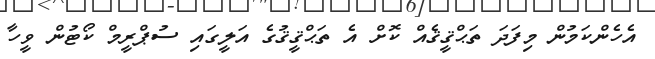
އެހެންކަމުން މިފަދަ ތަޙްޤީޤެއް ކޮށް އެ ތަޙްޤީޤުގެ އަލީގައި ސުޕްރީމް ކޯޓުން ވީހާ